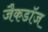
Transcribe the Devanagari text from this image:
जैकडॉज